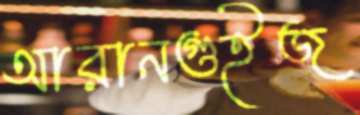
আরানগুইজ